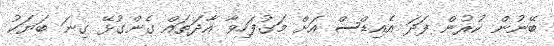
ބޭނުން ކުރުން ފަދަ އެއިޑްސް އަށް މަގުފަހިވާ އާދަތައް ގެންގުޅޭ ގިނަ ބަޔަކު